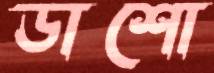
ডাশো